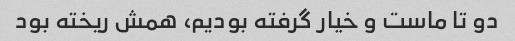
دو تا ماست و خیار گرفته بودیم، همش ریخته بود